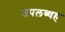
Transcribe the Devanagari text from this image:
उपलब्धह